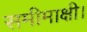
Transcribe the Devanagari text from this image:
समीमाक्षी।